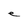
Character: e